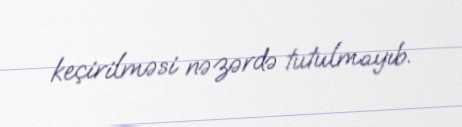
keçirilməsi nəzərdə tutulmayıb.